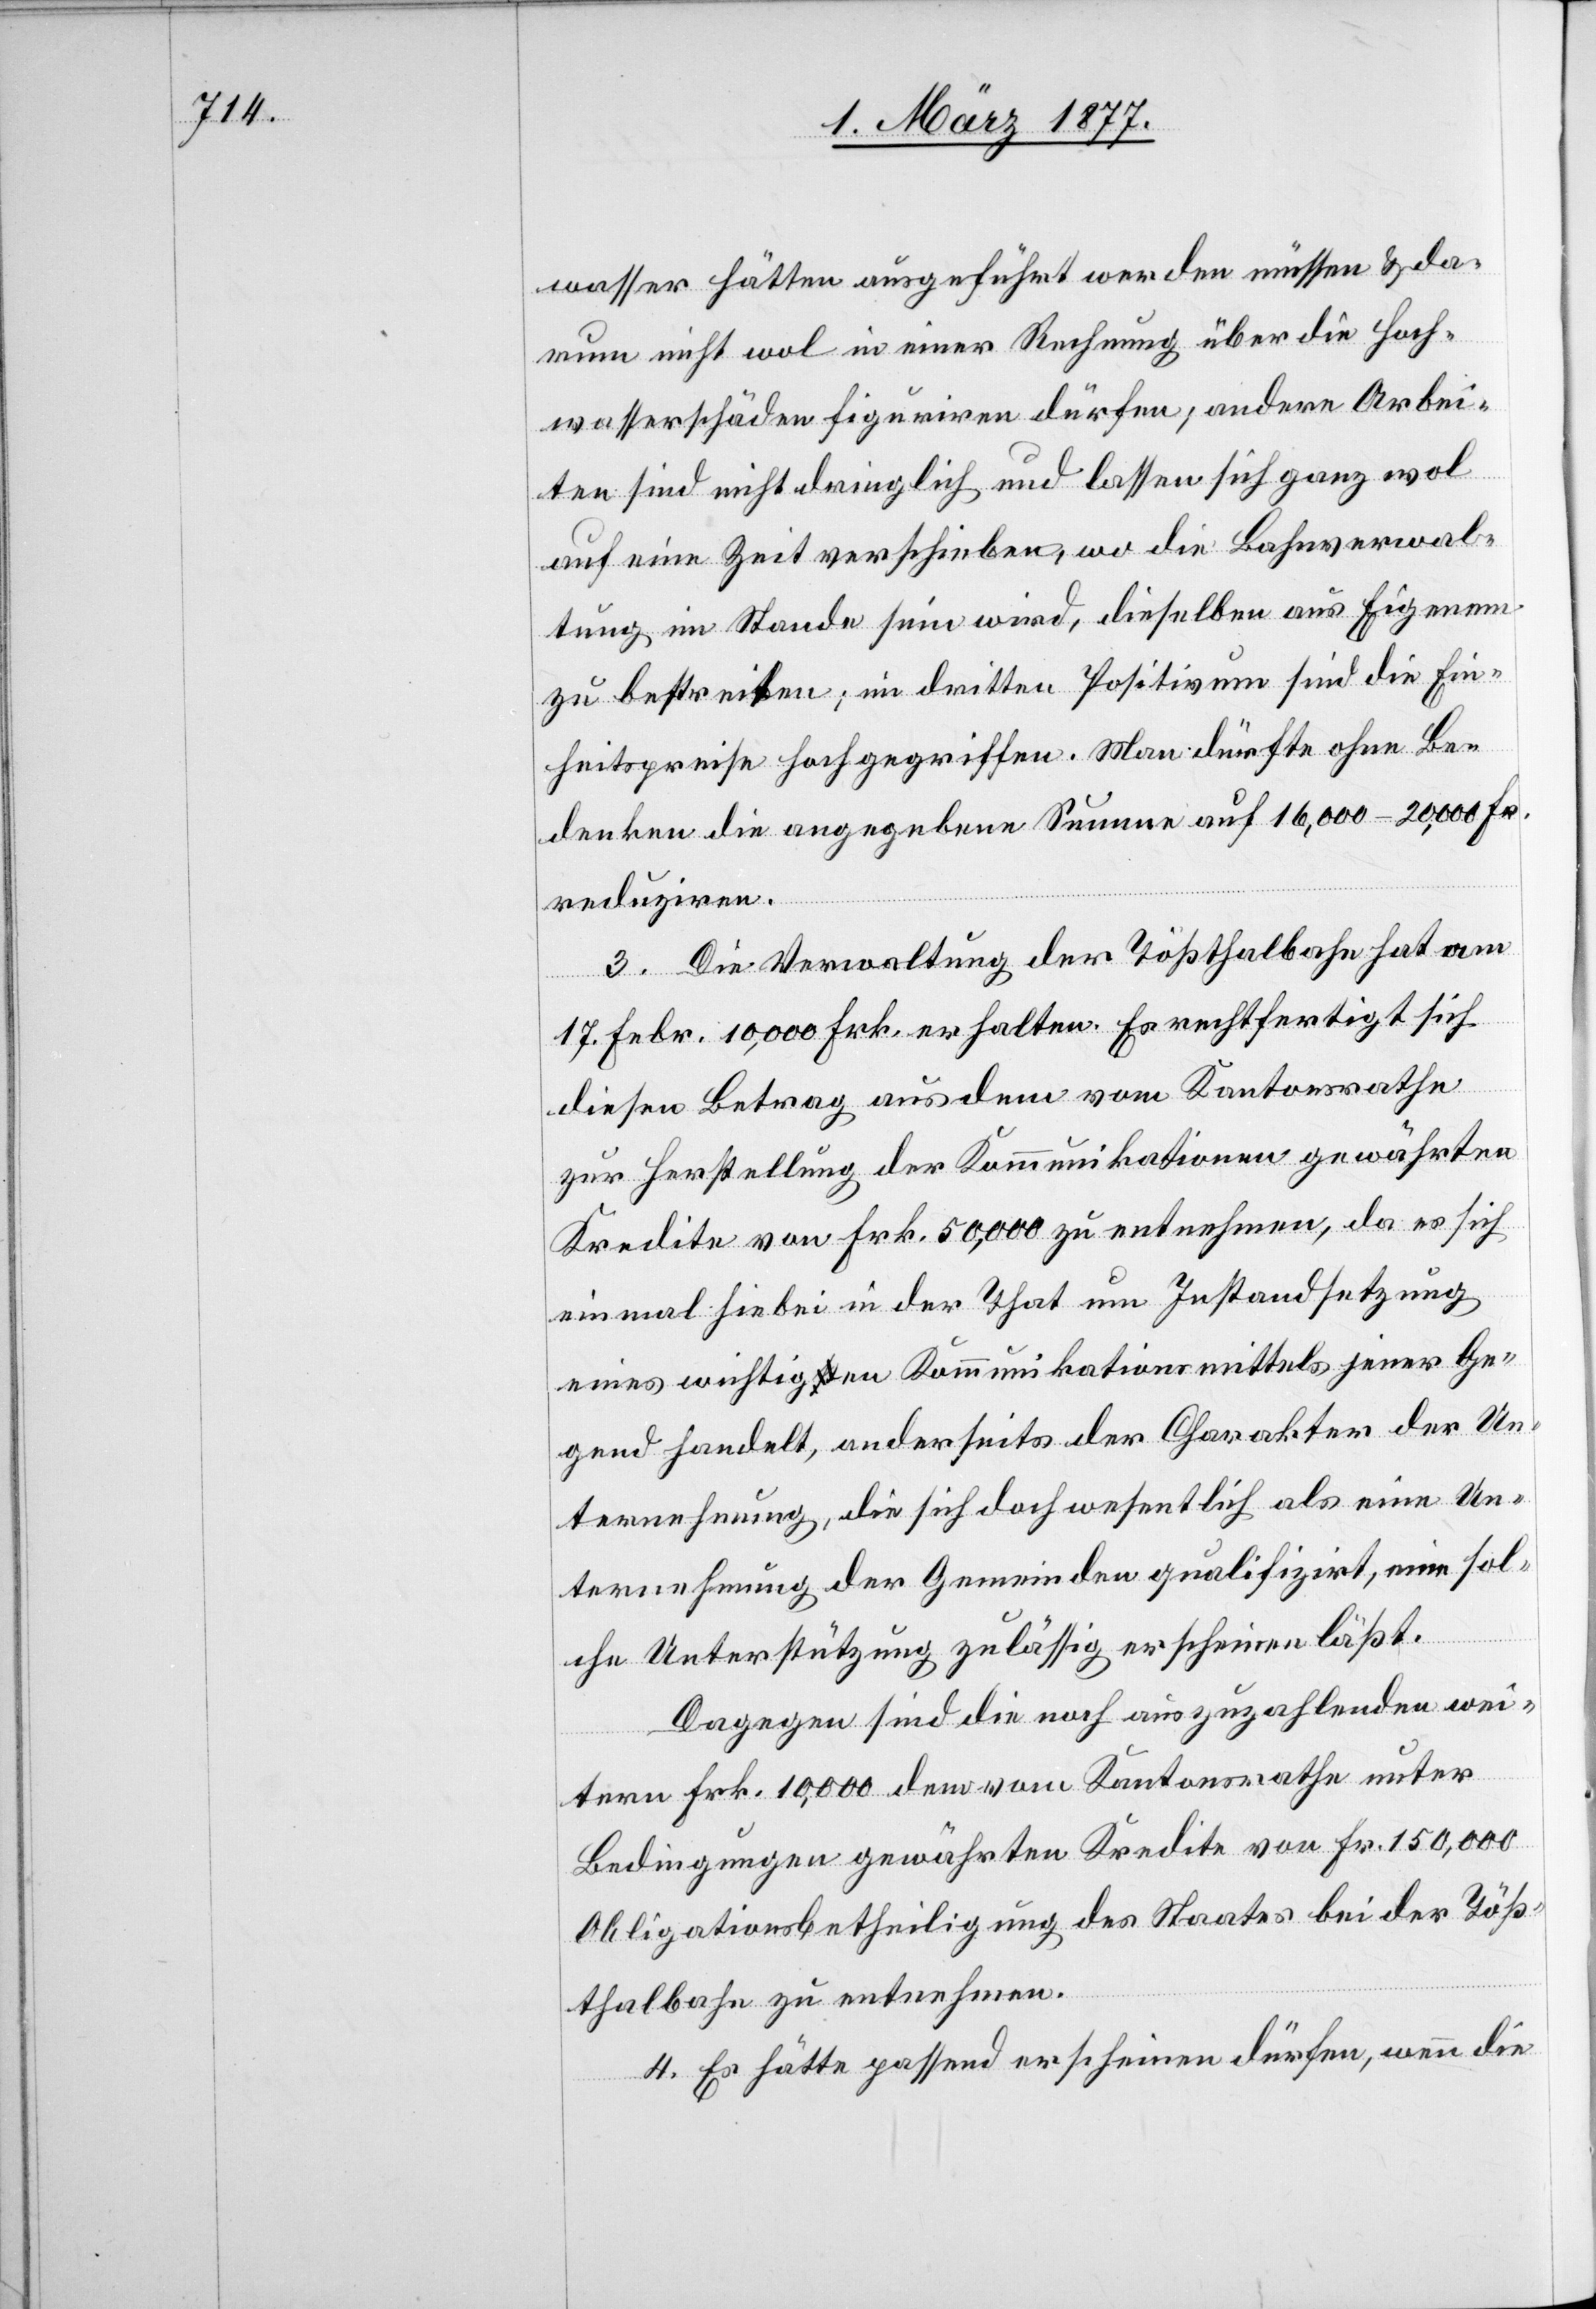
wasser hätten ausgeführt werden müssen & da¬
rum nicht wol in einer Rechnung über die Hoch¬
wasserschäden figuriren dürfen; andere Arbei¬
ten sind nicht dringlich und lassen sich ganz wol
auf eine Zeit verschieben, wo die Bahnverwal¬
tung im Stande sein wird, dieselben aus Eigenem
zu bestreiten; im dritten Positivum sind die Ein¬
heitspreise hoch gegriffen. Man dürfte ohne Be¬
denken die angegebene Summe auf 16,000–20,000 Fr.
reduziren.
3. Die Verwaltung der Tößthalbahn hat am
17. Febr. 10,000 Frk. erhalten. Es rechtfertigt sich
diesen Betrag aus dem vom Kantonsrathe
zur Herstellung der Kommunikationen gewährten
Kredite von Frk. 50,000 zu entnehmen, da es sich
einmal hiebei in der That um Instandsetzung
eines wichtiga-st-aen Kommunikationsmittels jener Ge¬
gend handelt, anderseits der Charakter der Un¬
ternehmung, die sich doch wesentlich als eine Un¬
ternehmung der Gemeinde qualifizirt, eine sol¬
che Unterstützung zulässig erscheinen läßt.
Dagegen sind die noch auszuzahlenden wei¬
tern Frk. 10,000 dem vom Kantonsrathe unter
Bedingungen gewährten Kredite von Fr. 150,000
Obligationsbetheiligung des Staates bei der Töß¬
thalbahn zu entnehmen.
4. Es hätte passend erscheinen dürfen, wenn die